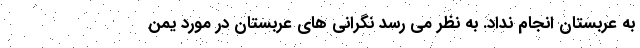
به عربستان انجام نداد. به نظر می رسد نگرانی های عربستان در مورد یمن